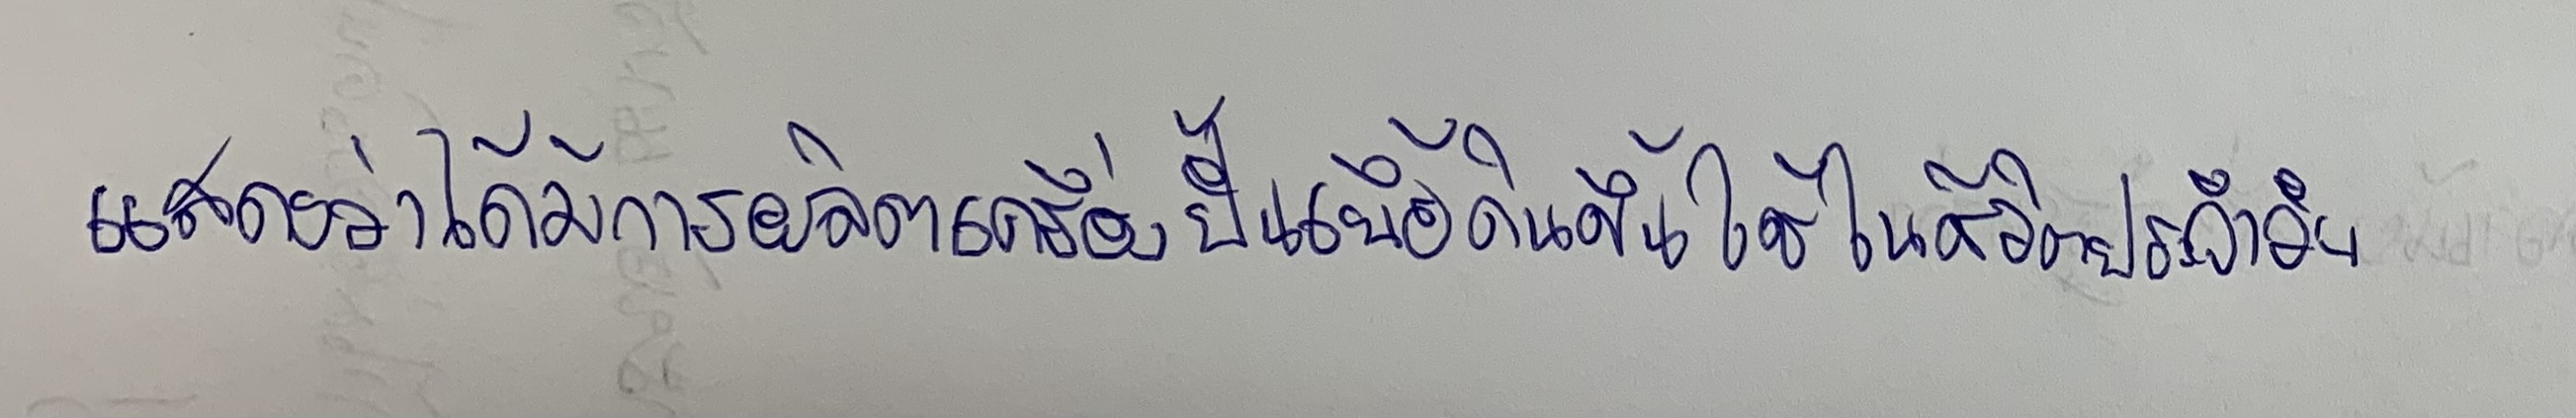
แสดงว่าได้มีการผลิตเครื่องปั้นเนื้อดินขึ้นใช้ในชีวิตประจำวัน